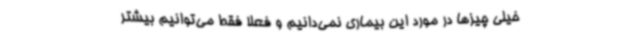
خیلی چیزها در مورد این بیماری نمی‌دانیم و فعلا فقط می‌توانیم بیشتر